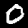
Digit: 0